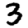
Digit: 3